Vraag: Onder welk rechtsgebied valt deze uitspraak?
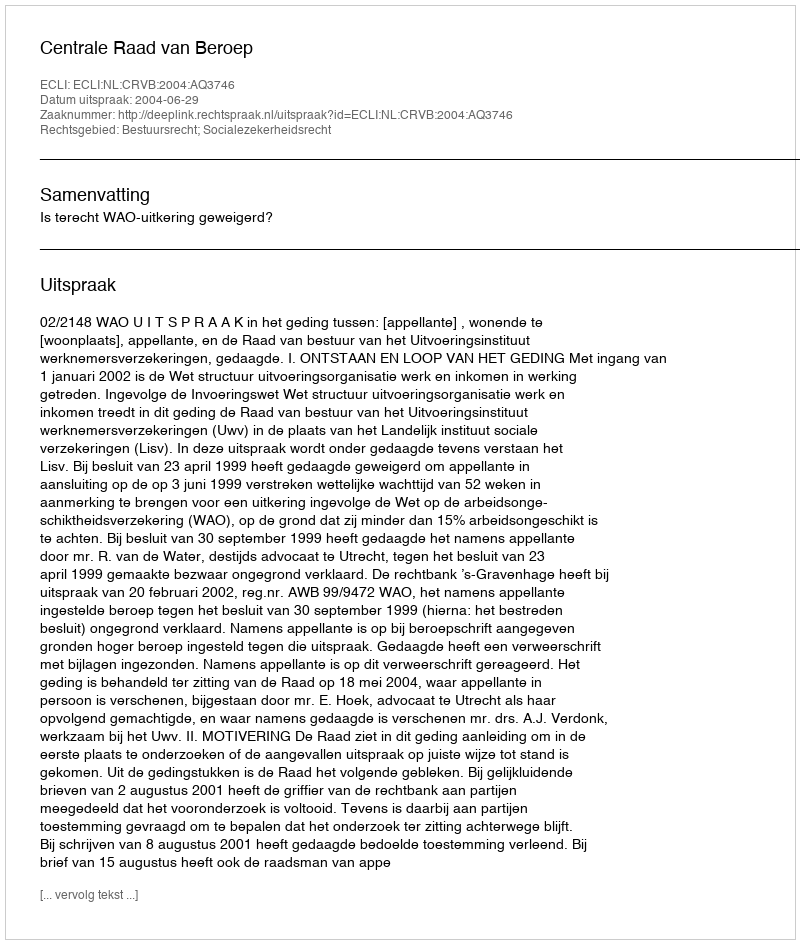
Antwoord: Bestuursrecht; Socialezekerheidsrecht